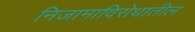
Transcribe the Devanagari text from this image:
निजामाविरोधातील